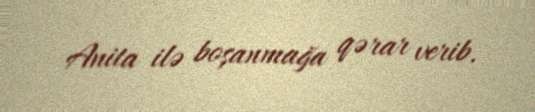
Anita ilə boşanmağa qərar verib.